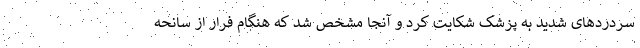
سردرد‌های شدید به پزشک شکایت کرد و آنجا مشخص شد که هنگام فرار از سانحه